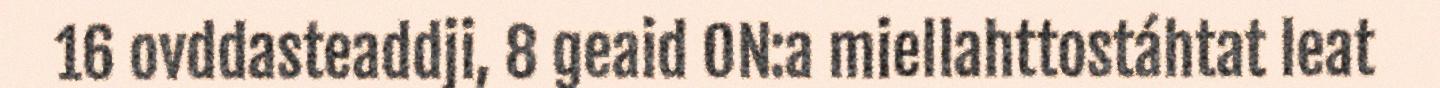
16 ovddasteaddji, 8 geaid ON:a miellahttostáhtat leat